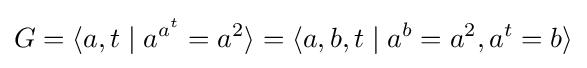
G=\langle a,t\mid a^{a^{t}}=a^{2}\rangle =\langle a,b,t\mid a^{b}=a^{2},a^{t}=b\rangle